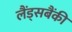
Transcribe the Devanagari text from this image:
लैंड्सबैंकी